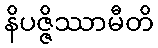
နိပဇ္ဇိဿာမီတိ